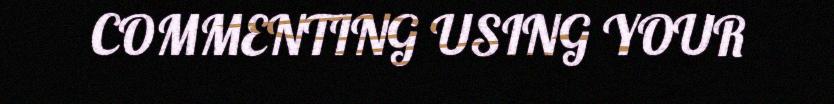
COMMENTING USING YOUR